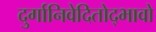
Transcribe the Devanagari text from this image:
दुर्गानिवेदितोद्भावो